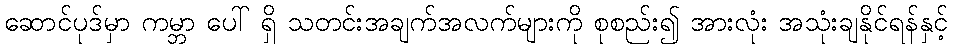
ဆောင်ပုဒ်မှာ ကမ္ဘာ ပေါ် ရှိ သတင်းအချက်အလက်များကို စုစည်း၍ အားလုံး အသုံးချနိုင်ရန်နှင့်